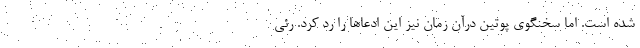
شده است. اما سخنگوی پوتین درآن زمان نیز این ادعاها را رد کرد. رئی